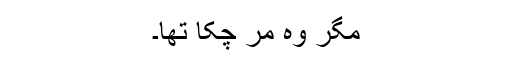
مگر وہ مر چکا تھا۔